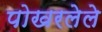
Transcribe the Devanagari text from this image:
पोखरलेले